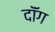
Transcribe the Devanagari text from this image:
दॉंग